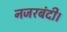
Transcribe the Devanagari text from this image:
नजरबंदी।